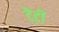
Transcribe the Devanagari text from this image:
टेटी